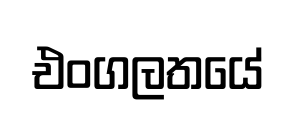
එංගලතයේ